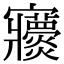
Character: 𡬖